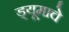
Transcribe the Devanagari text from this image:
ड्यूमाचे